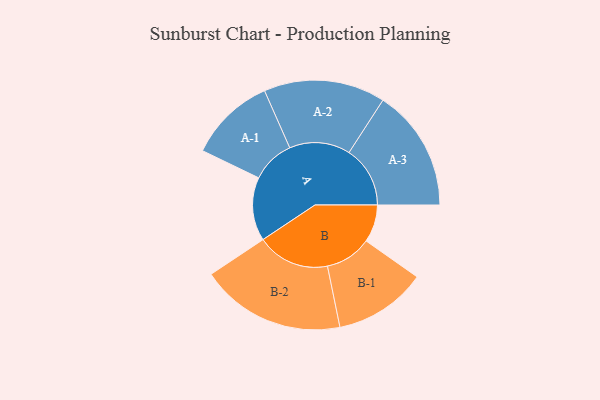
{"axis": {"x": "Segment", "y": "Value"}, "legend": ["", "A", "B"], "data": [{"x": "A", "y": 203, "type": ""}, {"x": "B", "y": 120, "type": ""}, {"x": "A-1", "y": 138, "type": "A"}, {"x": "A-2", "y": 194, "type": "A"}, {"x": "A-3", "y": 195, "type": "A"}, {"x": "B-1", "y": 148, "type": "B"}, {"x": "B-2", "y": 232, "type": "B"}]}